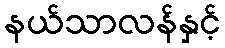
နယ်သာလန်နှင့်